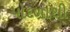
પોદળાથી